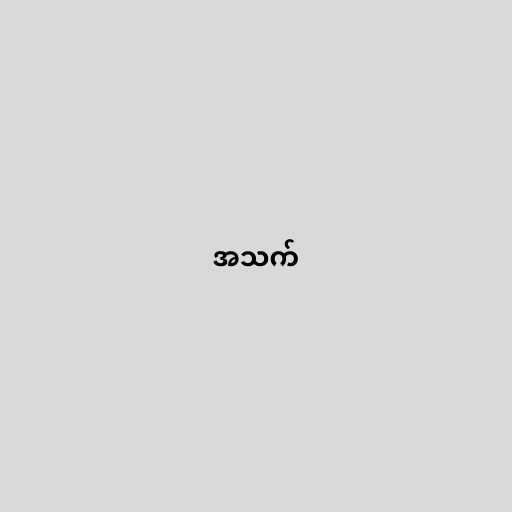
အသက်